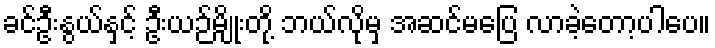
ခင်ဦးနွယ်နှင့် ဦးယဉ်မျိုးတို့ ဘယ်လိုမှ အဆင်မပြေ လာခဲ့တော့ပါပေ။